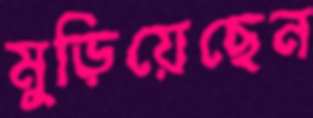
মুড়িয়েছেন